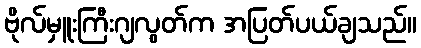
ဗိုလ်မှူးကြီးဂျလွတ်က အပြတ်ပယ်ချသည်။